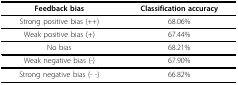
<table><thead><tr><td><b>Feedback bias</b></td><td><b>Classification accuracy</b></td></tr></thead><tbody><tr><td>Strong positive bias (++)</td><td>68.06%</td></tr><tr><td>Weak positive bias (+)</td><td>67.44%</td></tr><tr><td>No bias</td><td>68.21%</td></tr><tr><td>Weak negative bias (-)</td><td>67.90%</td></tr><tr><td>Strong negative bias (- -)</td><td>66.82%</td></tr></tbody></table>